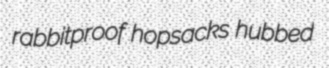
rabbitproof hopsacks hubbed